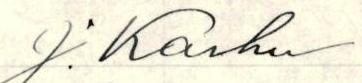
J. Karhu